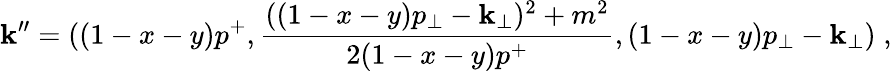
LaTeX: \mathbf{k}^{\prime\prime}=((1-x-y)p^{+},{\frac{{((1-x-y)p_{\perp}-\mathbf{k}_{\perp})^{2}+m^{2}}}{{2(1-x-y)p^{+}}}},(1-x-y)p_{\perp}-\mathbf{k}_{\perp})\; ,